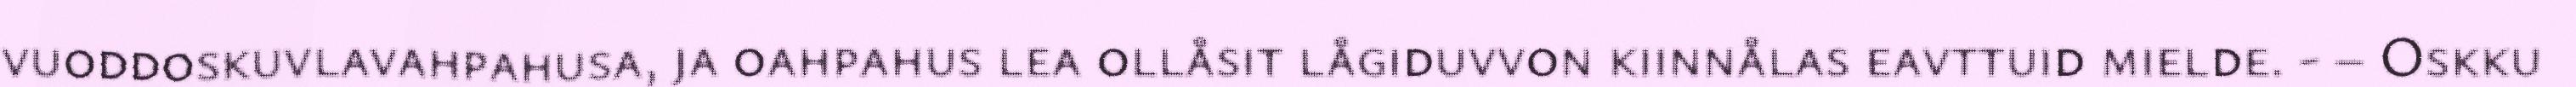
vuoddoskuvlavahpahusa, ja oahpahus lea ollåsit lågiduvvon kiinnålas eavttuid mielde. - – Oskku